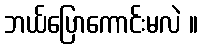
ဘယ်ပြောကောင်းမလဲ ။